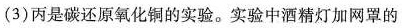
(3)丙是碳还原氧化铜的实验。实验中酒精灯加网罩的